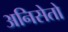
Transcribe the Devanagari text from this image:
अनिसेतो